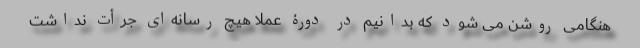
هنگامی روشن می شود که بدانیم در دورۀ عملا هیچ رسانه‌ای جرأت نداشت